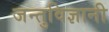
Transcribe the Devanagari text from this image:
जन्तुविज्ञानी